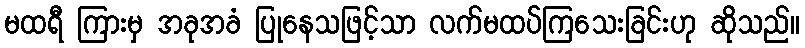
မထရီ ကြားမှ အခုအခံ ပြုနေသဖြင့်သာ လက်မထပ်ကြသေးခြင်းဟု ဆိုသည်။